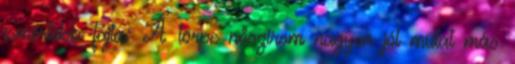
ismertebb fajta: A törpe nőszirom nagyon jól mutat más